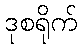
ဒုစရိုက်